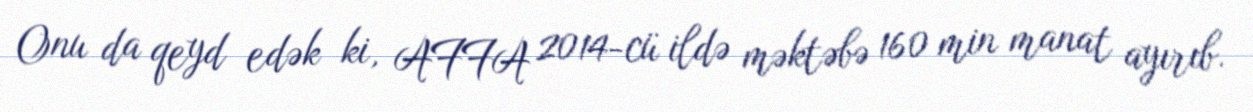
Onu da qeyd edək ki, AFFA 2014-cü ildə məktəbə 160 min manat ayırıb.